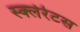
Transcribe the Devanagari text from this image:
स्क्लेरेटस